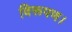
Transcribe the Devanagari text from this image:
विरूपण।